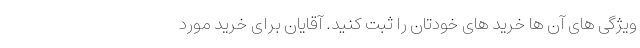
ویژگی های آن ها خرید های خودتان را ثبت کنید. آقایان برای خرید مورد